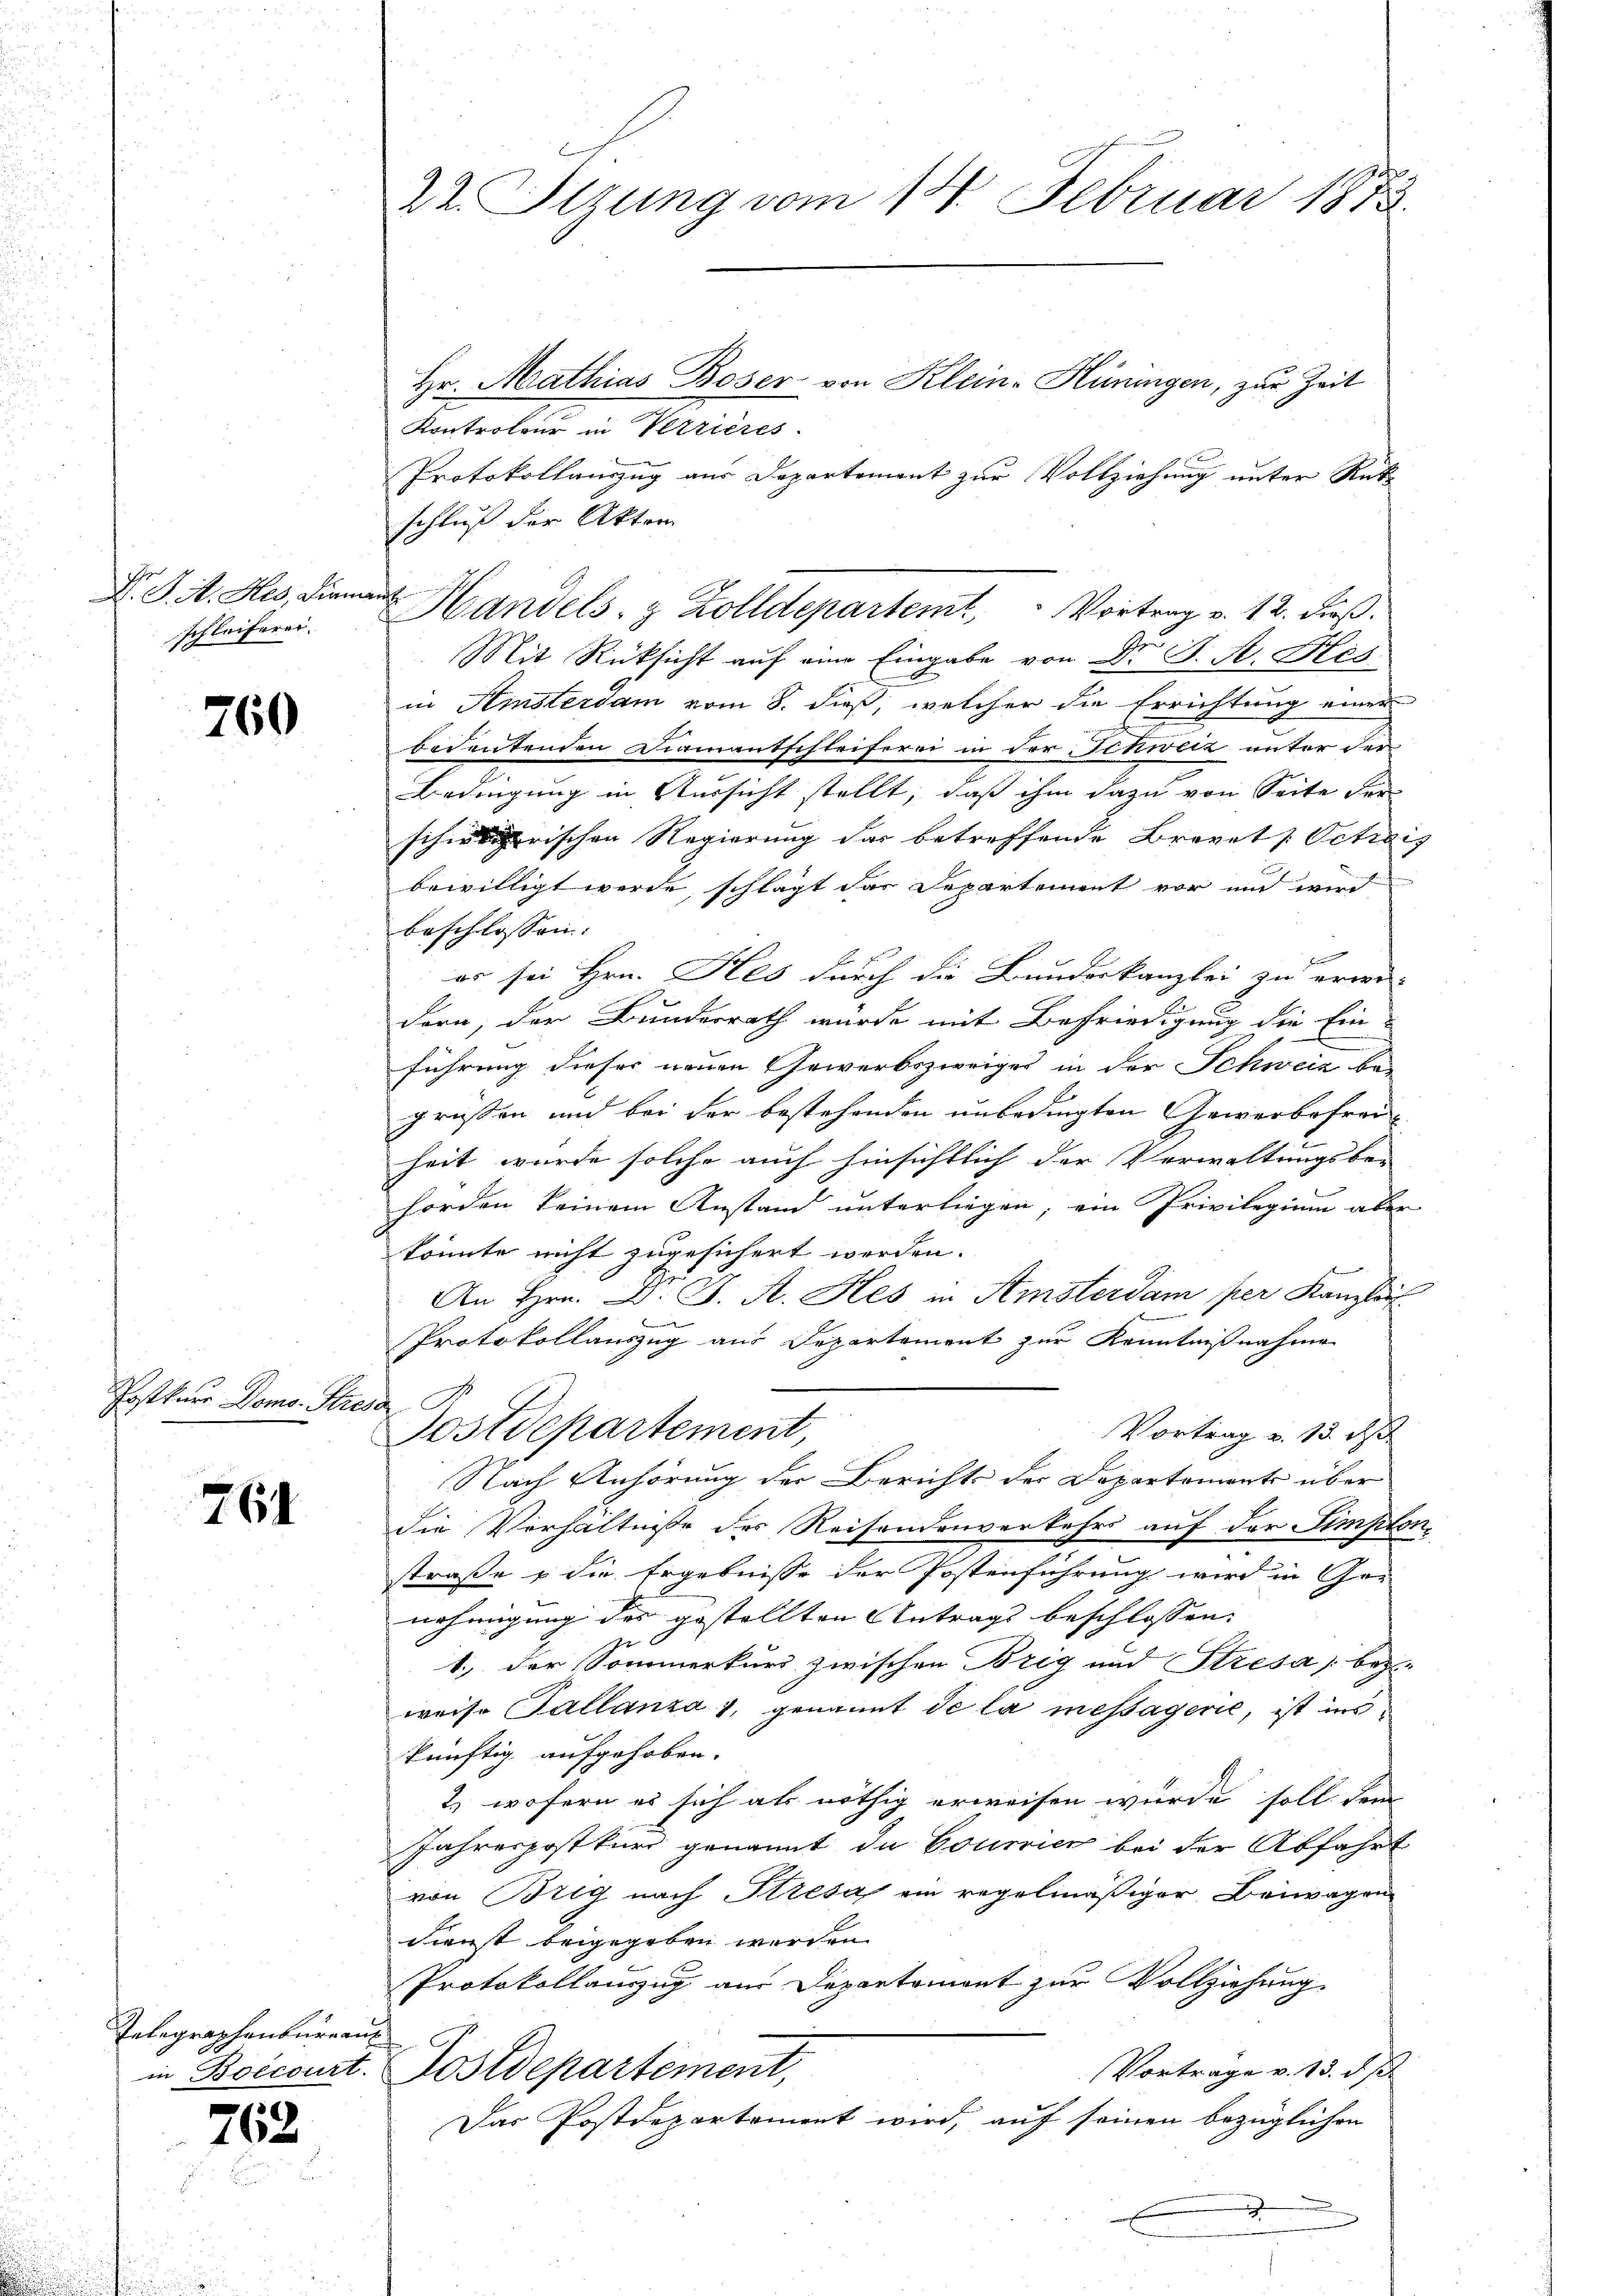
D. J. M. Hes, Diamant
schleiferen.

760

Postkurr Doms. Strebsa

761

Telegraphenburgau

762

22. Sizung vom 14. Februar 1873.

Hr. Mathias Böser von Klein-Hüningen, zur Zeit
Anteilen in Partine.
Protokollauszug aus Departement zur Vollziehung unter Rüt-
schluß der Akten
Mit Rücksicht auf eine Eingabe von Dr. St. A. Hes
in Amsterdam vom 8. dieß, welcher die Errichtung einer
bodentenden Diamantschleiferei in der Schweiz unter der
Bedingung in Aussicht stellt, daß ihm dazu von Seite der
sherischen Regierung das betreffende Brevet [Octiais
bewilligt werde, schlägt das Departement vor und wird
beschlossen:
er sei Hrn. Hes durch die Bundeskanzlei zu erwei-
dern, der Bundesrath würde mit Befriedigung die Ein-
führung dieser neuen Gewerbszweiges in der Schweiz be-
grüßen und bei der bestehenden unbedingten Gewerbefreiheit wurde solche auch hinsichtlich der Verwaltungsbe-
horden keinem Anstand unterliegen; ein Privilegium aber
könnte nicht zugesichert werden.
An Hrn. Dr. J. A. Hes in Amsterdam per Kanzli

Protokollauszug aus Departement zur Kenntnißnahme
Postdepartement,
Vortrag u. 13. d
Nach Anhörung der Berichts der Departements über
die Verhältnisse des Reisendenverkehrs auf der Simpton,
straße & die Ergebnisse der Postenführung wird in Ger
nehmigung des gestellten Antrags beschlossen: |
J
1.) der Sommerkurs zwischen Brig und Stresa bez
weise Tallanza 1, genannt de la messagerie, ist ins
künftig aufgehoben.
2) wofern es sich als nöthig erweisen wurde soll dem
Jahrespostkurs genannt da Courrier bei der Abfahrt
von Brig nach Stresa ein regelmäßiger Beiwagen
Dienst beigegeben werden.
Protokollauszug aus Departement zur Vollziehung
Vortrage v. 13. ds.
in Boecourt. Postdepartement,
Das Postdepartement wird, auf seinen bezüglichen

Handels- & Zolldepartemt Vortrag v. 12. dβ.